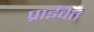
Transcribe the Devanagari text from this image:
प्राईवेत